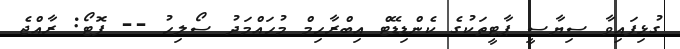
ގުޅިފައިވާ ސިޔާސީ ޕާޓީތަކުގެ ކެންޑިޑޭޓް އިބްރާހިމް މުހައްމަދު ސޯލިހު -- ފޮޓޯ: ރާއްޖެ